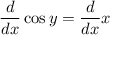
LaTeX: { \frac { d } { d x } } \cos y = { \frac { d } { d x } } x